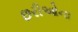
છરીઓના